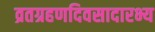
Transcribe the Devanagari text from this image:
व्रतग्रहणदिवसादारभ्य